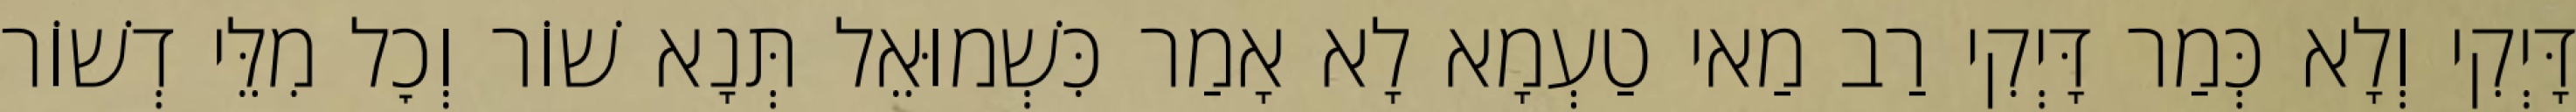
דָּיְקִי וְלָא כְּמַר דָּיְקִי רַב מַאי טַעְמָא לָא אָמַר כִּשְׁמוּאֵל תְּנָא שׁוֹר וְכׇל מִלֵּי דְשׁוֹר